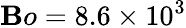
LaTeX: \mathbf{B}o=8.6\times10^{3}